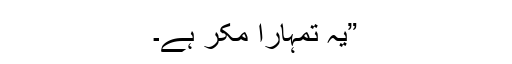
”یہ تمہارا مکر ہے۔